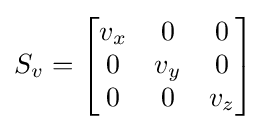
S_{v}={\begin{bmatrix}v_{x}&0&0\\0&v_{y}&0\\0&0&v_{z}\\\end{bmatrix}}